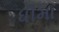
ધીમા